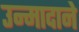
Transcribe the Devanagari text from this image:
उन्मादाने